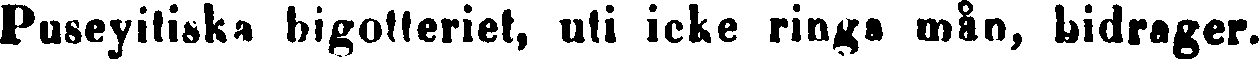
Puseyitiska bigotteriet, uti icke ringa mån, bidrager.